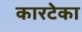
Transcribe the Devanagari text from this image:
कारटेका